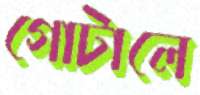
গোটালে